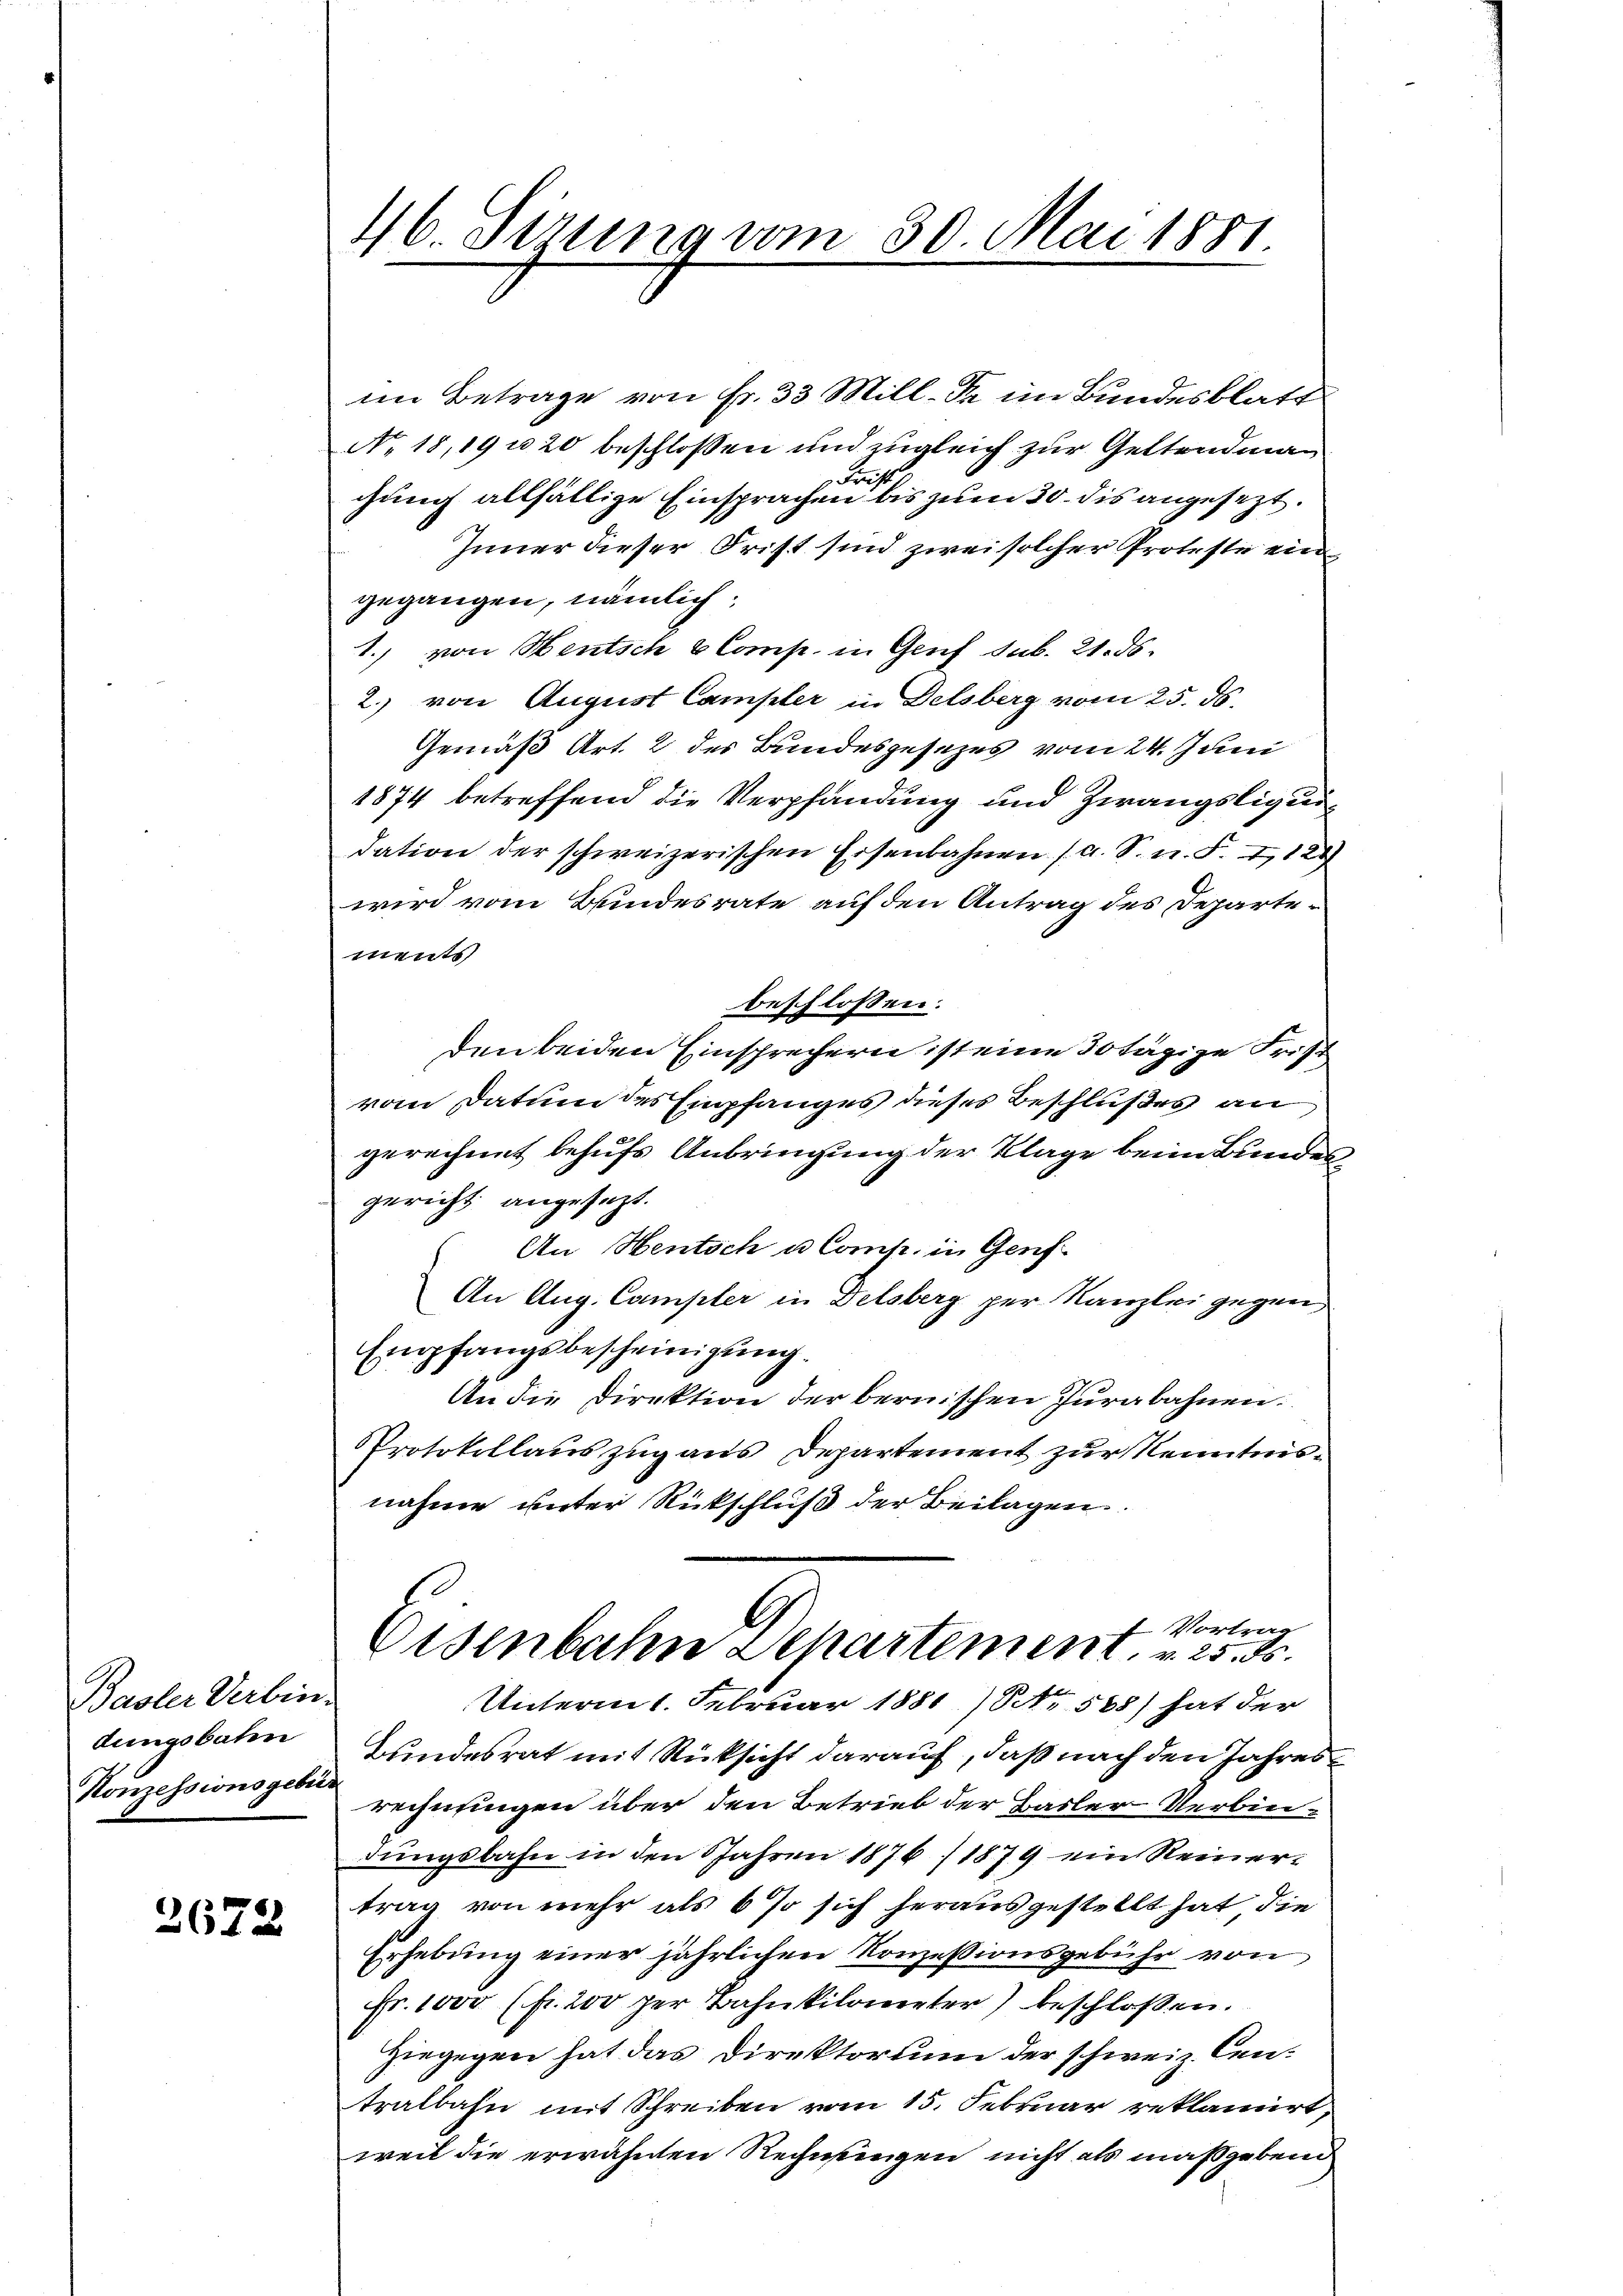
Basler Verbindungsbahn
Konzessionsgebür

2672

46. Sizung vom 30. Mai 1881.

im Betrage von Fr. 33 Mill. da im Bundesblatt
No. 18,19 u 20 beschloßen und zugleich zur Geltendman
Fref
chung allfällige Einsprachen bis zum 30. dis angesezt.
Inner dieser Frist sind zwei solcher Proteste ein
gegangen, nämlich.
1.) von Heutsch & Comp. in Genf sub. 21. ds.
2. von August Campler in Delsberg vom 25. ds.
Gemäß Art. 2 des Bundesgesezes vom 24. Juni
1874 betreffend die Verpfandung und Zwangsliquidation der schweizerischen Eisenbahnen (a. S. n. F. 1121
wird vom Bundesrate auf den Antrag des Departements
beschlossen:
den beiden Einsprechern ist eine Totägige Frist
vom Datum des Empfanges dieses Beschlußes an
gerechnet behufs Anbringung der Klage beim Bundes
gericht angesezt.
An Hentsch u. Comp. in Genf
An Aug. Campler in Delsberg per Kanzlei gegen
Empfangsbescheinigung
An die Direktion der bernischen Jurabahnen.
PProtokollauszug aus Departement zur Kenntnisnahme unter Rückschluß der Beilagen.
 Vortrag
Eisenbahn Departement. v. 25. 8.
Unterm 1. Februar 1881) Nr. 588) hat der
Bundesrat mit Rücksicht darauf, daß nach den Jahres
rechnungen über den Betrieb der Hasler-Verbindungsbahn in den Jahren 1876/1879 ein Reinertrag von mehr als 6 % sich herausgestellt hat die
Erhebung einer jährlichen Konzessionsgebühr von
Fr. 1000 (fl. 200 per Bahnkilometer) beschloßen.
Hiegegen hat das Direktorium der schweiz. Centralbahn mit Schreiben vom 15. Februar reklamirt,
weil die erwähnten Rechnungen nicht als maßgebend